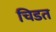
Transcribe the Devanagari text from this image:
चिडत